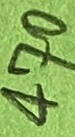
Text: 470